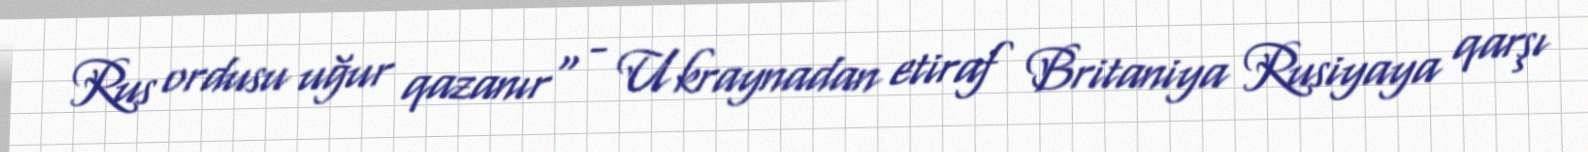
Rus ordusu uğur qazanır" - Ukraynadan etiraf Britaniya Rusiyaya qarşı